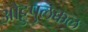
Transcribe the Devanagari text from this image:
ओट्टुपुलक्कल